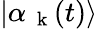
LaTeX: |\alpha_{\mathrm{~\mathbf~k~}}(t)\rangle